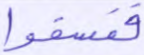
ففسقوا